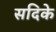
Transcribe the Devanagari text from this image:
सदिके